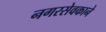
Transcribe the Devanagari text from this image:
नगरसेवकाने